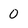
Character: 0